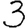
Digit: 3